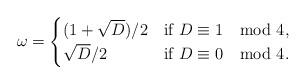
LaTeX: \begin{align*}\omega=\begin{cases}(1+\sqrt{D})/2&\mbox{if }D\equiv1\mod{4},\\\sqrt{D}/2&\mbox{if }D\equiv0\mod{4}.\\\end{cases}\end{align*}